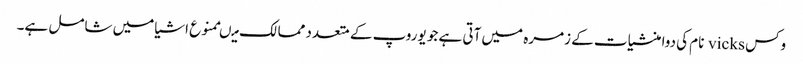
وکس vicks نام کی دوا منشیات کے زمرہ میں آتی ہے جو یوروپ کے متعدد ممالک میںممنوع اشیا میں شامل ہے۔